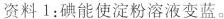
资料1：碘能使淀粉溶液变蓝。